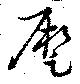
蹶